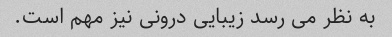
به نظر می رسد زیبایی درونی نیز مهم است.